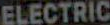
ELECTRIC